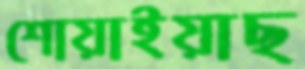
শোয়াইয়াছ